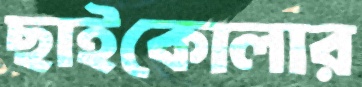
ছাইকোলার